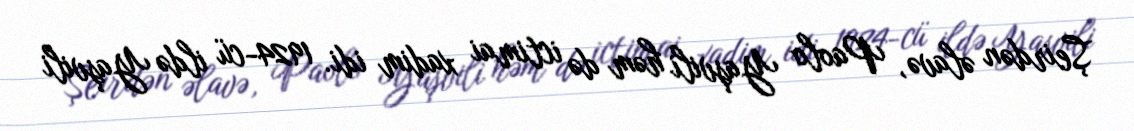
Şeirdən əlavə, Paolo Yaşvili həm də ictimai xadim idi. 1924-cü ildə Yaşvili